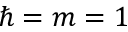
\hbar = m = 1